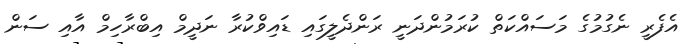
އެފެރީ ނެގުމުގެ މަސައްކަތް ކުރަމުންދަނީ ރަންދެލީގައި ޑައިވްކުރާ ނަދީމް އިބްރާހިމް އާއި ސަން